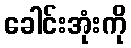
ခေါင်းအုံးကို